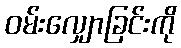
ဝမ်းလျှောခြင်းကို